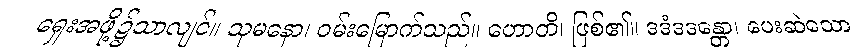
ရှေးအဖို့၌သာလျင်။ သုမနော၊ ဝမ်းမြောက်သည်။ ဟောတိ၊ ဖြစ်၏။ ဒဒံဒဒန္တော၊ ပေးဆဲသော